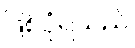
ဖြစ်ပုံရသည်